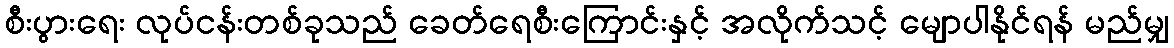
စီးပွားရေး လုပ်ငန်းတစ်ခုသည် ခေတ်ရေစီးကြောင်းနှင့် အလိုက်သင့် မျောပါနိုင်ရန် မည်မျှ